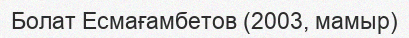
Болат Есмағамбетов (2003, мамыр)